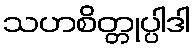
သဟစိတ္တုပ္ပါဒါ